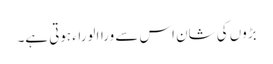
بڑوں کی شان اس سے وراالوراء ہوتی ہے۔